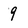
Character: 9